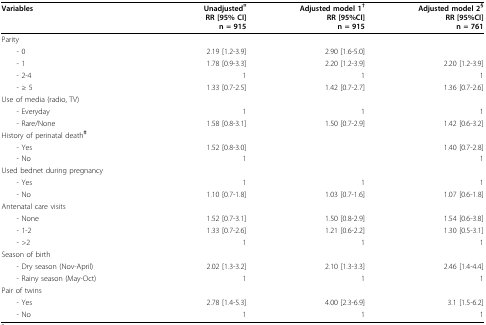
<table><thead><tr><td><b>Variables</b></td><td><b>Unadjusted<sup>¤</sup>RR [95% CI]n = 915</b></td><td><b>Adjusted model 1<sup>†</sup>RR [95%CI]n = 915</b></td><td><b>Adjusted model 2<sup>§</sup>RR [95%CI]n = 761</b></td></tr></thead><tbody><tr><td>Parity</td><td></td><td></td><td></td></tr><tr><td> - 0</td><td>2.19 [1.2-3.9]</td><td>2.90 [1.6-5.0]</td><td></td></tr><tr><td> - 1</td><td>1.78 [0.9-3.3]</td><td>2.20 [1.2-3.9]</td><td>2.20 [1.2-3.9]</td></tr><tr><td> - 2-4</td><td>1</td><td>1</td><td>1</td></tr><tr><td> - ≥ 5</td><td>1.33 [0.7-2.5]</td><td>1.42 [0.7-2.7]</td><td>1.36 [0.7-2.6]</td></tr><tr><td>Use of media (radio, TV)</td><td></td><td></td><td></td></tr><tr><td> - Everyday</td><td>1</td><td>1</td><td>1</td></tr><tr><td> - Rare/None</td><td>1.58 [0.8-3.1]</td><td>1.50 [0.7-2.9]</td><td>1.42 [0.6-3.2]</td></tr><tr><td>History of perinatal death<sup><b>‡</b></sup></td><td></td><td></td><td></td></tr><tr><td> - Yes</td><td>1.52 [0.8-3.0]</td><td></td><td>1.40 [0.7-2.8]</td></tr><tr><td> - No</td><td>1</td><td></td><td>1</td></tr><tr><td>Used bednet during pregnancy</td><td></td><td></td><td></td></tr><tr><td> - Yes</td><td>1</td><td>1</td><td>1</td></tr><tr><td> - No</td><td>1.10 [0.7-1.8]</td><td>1.03 [0.7-1.6]</td><td>1.07 [0.6-1.8]</td></tr><tr><td>Antenatal care visits</td><td></td><td></td><td></td></tr><tr><td> - None</td><td>1.52 [0.7-3.1]</td><td>1.50 [0.8-2.9]</td><td>1.54 [0.6-3.8]</td></tr><tr><td> - 1-2</td><td>1.33 [0.7-2.6]</td><td>1.21 [0.6-2.2]</td><td>1.30 [0.5-3.1]</td></tr><tr><td> - &gt;2</td><td>1</td><td>1</td><td>1</td></tr><tr><td>Season of birth</td><td></td><td></td><td></td></tr><tr><td> - Dry season (Nov-April)</td><td>2.02 [1.3-3.2]</td><td>2.10 [1.3-3.3]</td><td>2.46 [1.4-4.4]</td></tr><tr><td> - Rainy season (May-Oct)</td><td>1</td><td>1</td><td>1</td></tr><tr><td>Pair of twins</td><td></td><td></td><td></td></tr><tr><td> - Yes</td><td>2.78 [1.4-5.3]</td><td>4.00 [2.3-6.9]</td><td>3.1 [1.5-6.2]</td></tr><tr><td> - No</td><td>1</td><td>1</td><td>1</td></tr></tbody></table>